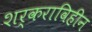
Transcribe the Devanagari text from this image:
शर्कराविहीन